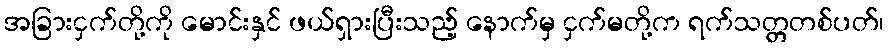
အခြားငှက်တို့ကို မောင်းနှင် ဖယ်ရှားပြီးသည့် နောက်မှ ငှက်မတို့က ရက်သတ္တတစ်ပတ်၊